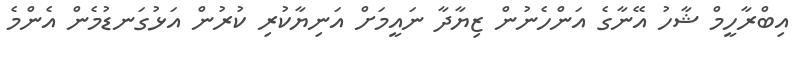
އިބްރާހީމް ޝާހު އޭނާގެ އަންހެނުން ޒިޔާދާ ނައީމަށް އަނިޔާކުރި ކުރުން އަޅުގަނޑުމެން އެންމެ